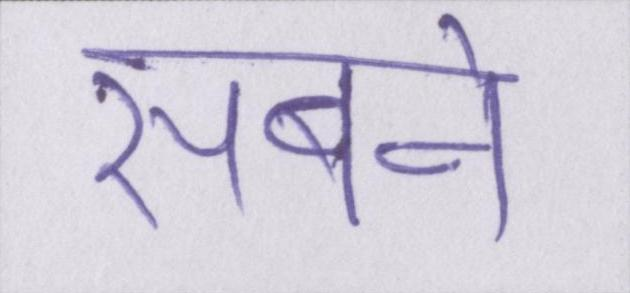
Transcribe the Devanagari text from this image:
सबने